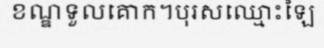
ខណ្ឌទួលគោក។បុរសឈ្មោះឡៃ